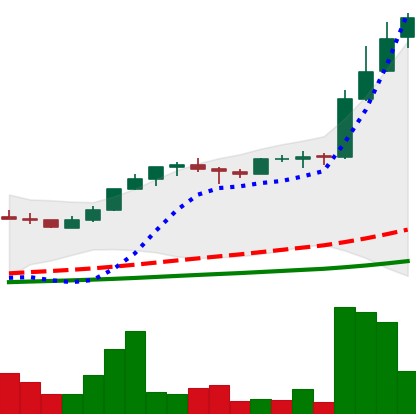
Ticker: LTC-USD
Chart end date: 2017-05-06
Forward return: 9.083%
Label: up_7plus